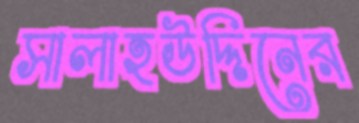
সালাহউদ্দিনের